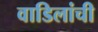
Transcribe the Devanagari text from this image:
वाडिलांची